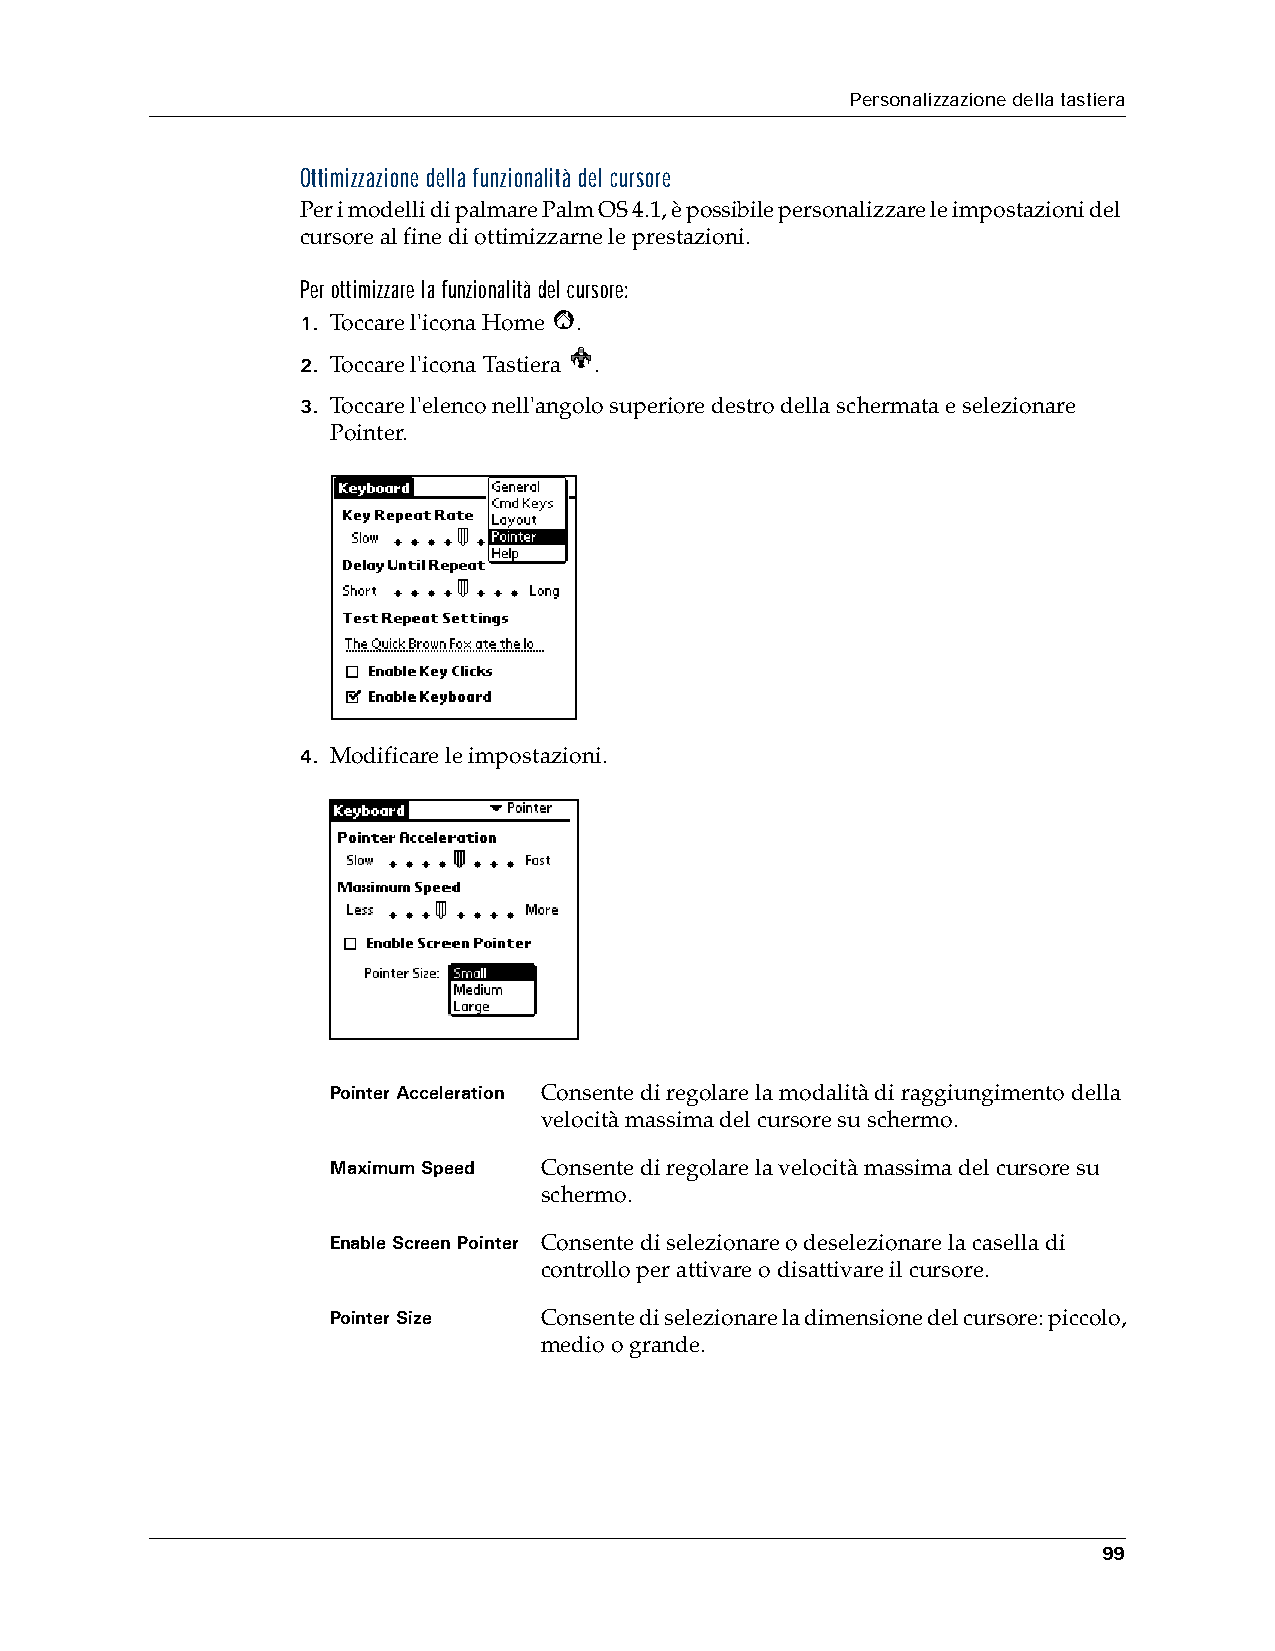
Personalizzazione della tastiera
 Ottimizzazione della funzionalità del cursore
 Per i modelli di palmare Palm OS 4.1, è possibile personalizzare le impostazioni del
 cursore al fine di ottimizzarne le prestazioni.
 Per ottimizzare la funzionalità del cursore:
 1. Toccare l'icona Home .
 2. Toccare l'icona Tastiera .
 3. Toccare l'elenco nell'angolo superiore destro della schermata e selezionare
 Pointer.
 4. Modificare le impostazioni.
 Pointer Acceleration Consente di regolare la modalità di raggiungimento della
 velocità massima del cursore su schermo.
 Maximum Speed Consente di regolare la velocità massima del cursore su
 schermo.
 Enable Screen Pointer Consente di selezionare o deselezionare la casella di
 controllo per attivare o disattivare il cursore.
 Pointer Size  Consente di selezionare la dimensione del cursore: piccolo,
 medio o grande.
 99